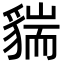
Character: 貒